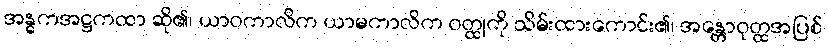
အန္ဓကအဋ္ဌကထာ ဆို၏၊ ယာဝကာလိက ယာမကာလိက ဝတ္ထုကို သိမ်းထားကောင်း၏၊ အန္တောဝုတ္ထအပြစ်